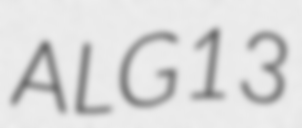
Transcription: ALG13